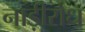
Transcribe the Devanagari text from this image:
नाड़ीरोध